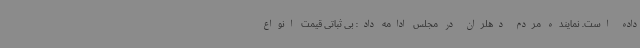
داده است. نماینده مردم دهلران در مجلس ادامه داد: بی ثباتی قیمت انواع